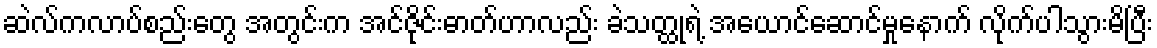
ဆဲလ်ကလာပ်စည်းတွေ အတွင်းက အင်ဇိုင်းဓာတ်ဟာလည်း ခဲသတ္ထုရဲ့ အယောင်ဆောင်မှုနောက် လိုက်ပါသွားမိပြီး